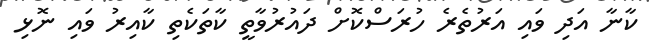
ކާނާ އަދި ވައި އަރުތެރެ ހުރަސްކޮށް ދައުރުވާތީ ކާތަކެތި ކާއިރު ވައި ނޮޅި